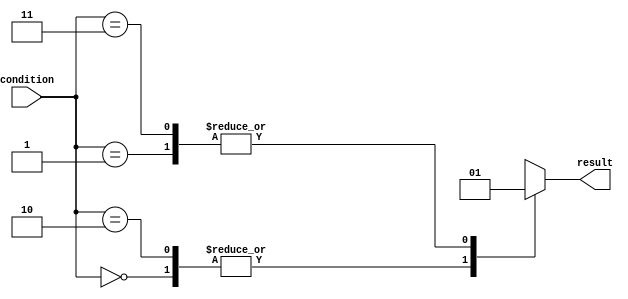
module case_statement_example (
  input [1:0] condition,
  output reg result
);

initial begin
  case (condition)
    2'b00: result <= 1'b0; // If condition is 00, result is set to 0
    2'b01: result <= 1'b1; // If condition is 01, result is set to 1
    2'b10: result <= 1'b0; // If condition is 10, result is set to 0
    2'b11: result <= 1'b1; // If condition is 11, result is set to 1
    default: result <= 1'b0; // Default case, result is set to 0
  endcase
end

endmodule